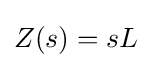
Z(s)=sL\,\!